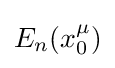
E_{n}(x_{0}^{\mu })